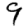
Digit: 9